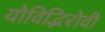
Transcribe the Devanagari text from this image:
योविद्भिरोवी